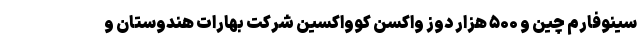
سینوفارم چین و ۵۰۰ هزار دوز واکسن کوواکسین شرکت بهارات هندوستان و